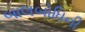
બાલબોધિની